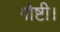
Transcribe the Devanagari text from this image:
गोष्टी।